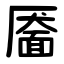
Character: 靥